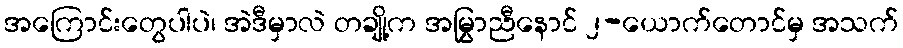
အကြောင်းတွေပါပဲ၊ အဲဒီမှာလဲ တချို့က အမြွှာညီနောင် ၂-ယောက်တောင်မှ အသက်